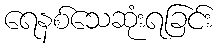
ရေနစ်သေဆုံးရခြင်း